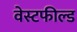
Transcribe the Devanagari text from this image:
वेस्टफील्ड